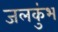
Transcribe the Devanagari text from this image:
जलकुंभ